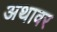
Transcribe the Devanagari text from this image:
अथावर